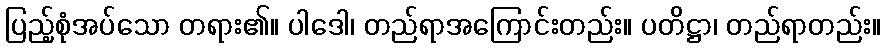
ပြည့်စုံအပ်သော တရား၏။ ပါဒေါ၊ တည်ရာအကြောင်းတည်း။ ပတိဋ္ဌာ၊ တည်ရာတည်း။